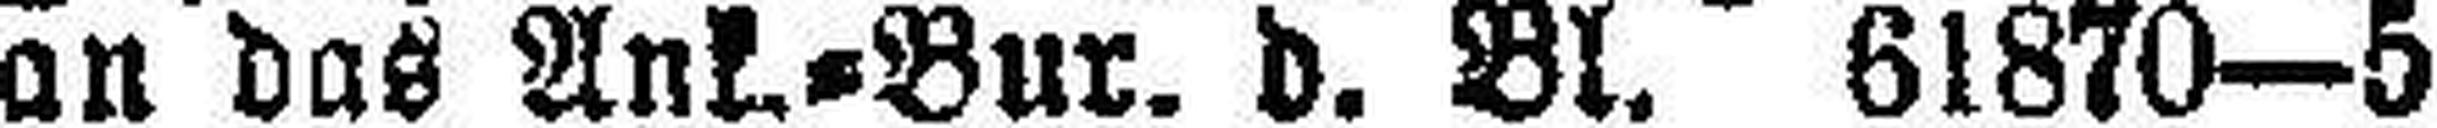
on das Ank.=Bur. d. Bl. 61870—5